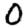
Digit: 0